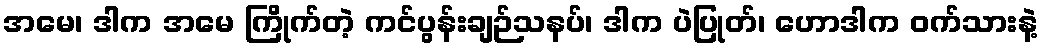
အမေ၊ ဒါက အမေ ကြိုက်တဲ့ ကင်ပွန်းချဉ်သနပ်၊ ဒါက ပဲပြုတ်၊ ဟောဒါက ဝက်သားနဲ့